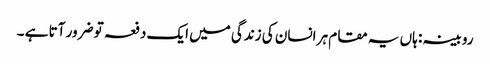
روبینہ : ہاں یہ مقام ہر انسان کی زندگی میں ایک دفعہ تو ضرور آتا ہے ۔